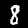
Digit: 8